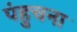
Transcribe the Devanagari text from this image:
पंहुचना